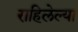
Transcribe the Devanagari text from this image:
राहिलेल्‍या